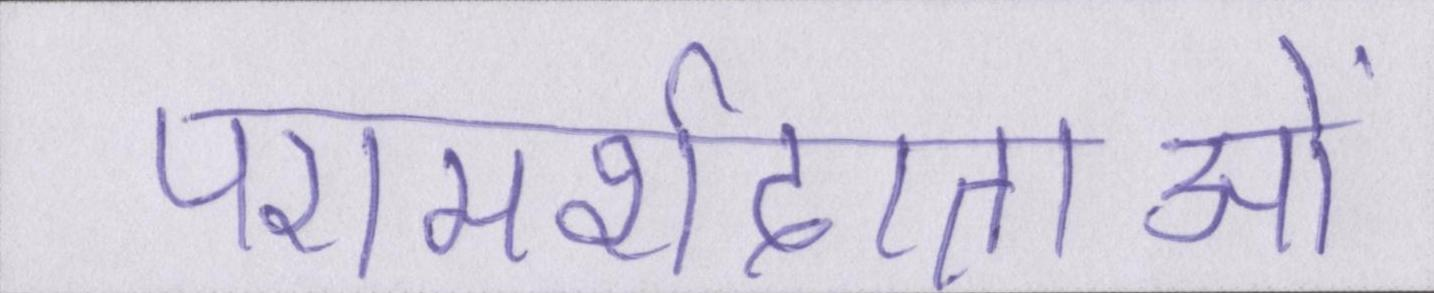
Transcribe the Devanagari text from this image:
परामर्शदाताओं